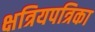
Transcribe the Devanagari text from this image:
क्षत्रियपत्रिका